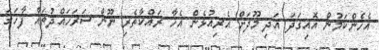
އެހެންކަމުން އޮއިގަދަ އަދި މޫދަށް އެރިއުޅެން އެހާ ރައްކާތެރި ނޫން ސަރަހައްދުތައް ފާހަގަ